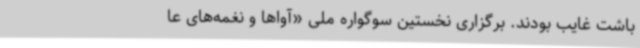
باشت غایب بودند. برگزاری نخستین سوگواره ملی «آواها و ‌نغمه‌های عا